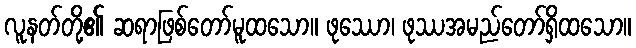
လူနတ်တို့၏ ဆရာဖြစ်တော်မူထသော။ ဖုဿော၊ ဖုဿအမည်တော်ရှိထသော။